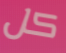
كل